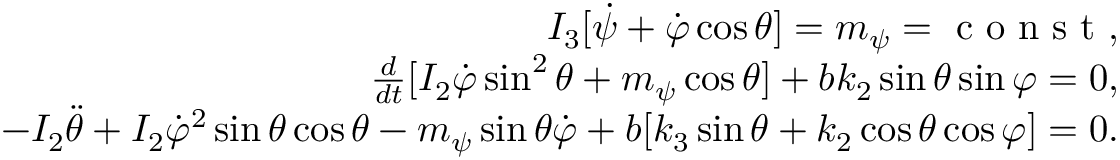
\begin{array} { r } { I _ { 3 } [ \dot { \psi } + \dot { \varphi } \cos \theta ] = m _ { \psi } = \mathrm { ~ c ~ o ~ n ~ s ~ t ~ } , } \\ { \frac { d } { d t } [ I _ { 2 } \dot { \varphi } \sin ^ { 2 } \theta + m _ { \psi } \cos \theta ] + b k _ { 2 } \sin \theta \sin \varphi = 0 , } \\ { - I _ { 2 } \ddot { \theta } + I _ { 2 } \dot { \varphi } ^ { 2 } \sin \theta \cos \theta - m _ { \psi } \sin \theta \dot { \varphi } + b [ k _ { 3 } \sin \theta + k _ { 2 } \cos \theta \cos \varphi ] = 0 . } \end{array}